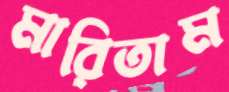
মারিতাম